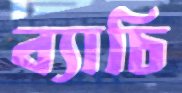
ব্যাচি